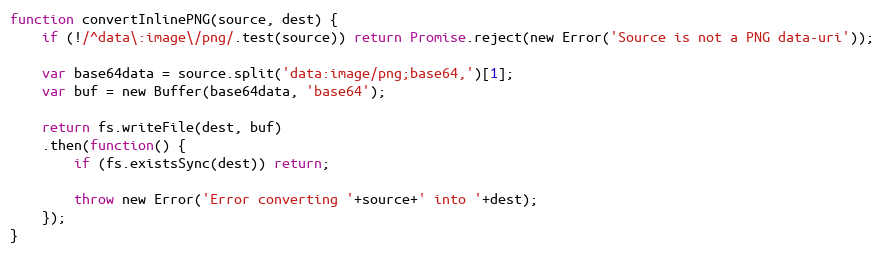
Language: JavaScript
function convertInlinePNG(source, dest) {
    if (!/^data\:image\/png/.test(source)) return Promise.reject(new Error('Source is not a PNG data-uri'));

    var base64data = source.split('data:image/png;base64,')[1];
    var buf = new Buffer(base64data, 'base64');

    return fs.writeFile(dest, buf)
    .then(function() {
        if (fs.existsSync(dest)) return;

        throw new Error('Error converting '+source+' into '+dest);
    });
}